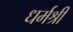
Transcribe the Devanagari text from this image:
धर्मश्री